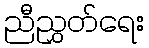
ညီညွှတ်ရေး